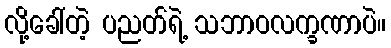
လို့ခေါ်တဲ့ ပညတ်ရဲ့ သဘာဝလက္ခဏာပဲ။